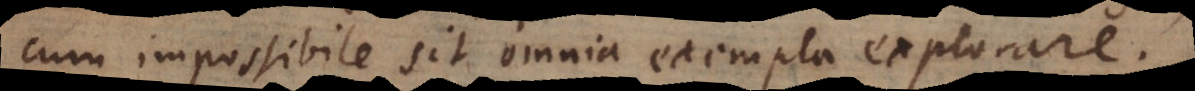
cum impossibile sit omnia exempla explorare.